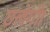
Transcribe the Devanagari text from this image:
छलेगी।